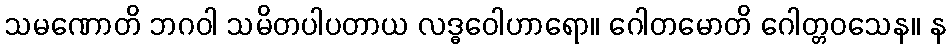
သမဏောတိ ဘဂဝါ သမိတပါပတာယ လဒ္ဓဝေါဟာရော။ ဂေါတမောတိ ဂေါတ္တဝသေန။ န